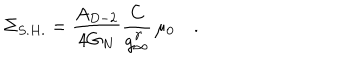
\Sigma _ { S . H . } = \frac { A _ { D - 2 } } { 4 G _ { N } } \frac { C } { g _ { \infty } ^ { \gamma } } \, \mu _ { 0 } \quad .